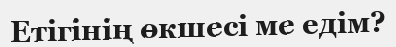
Етігінің өкшесі ме едім?